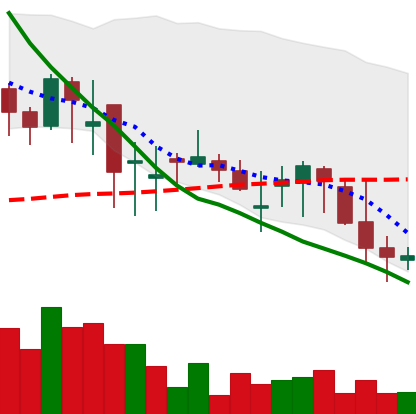
Ticker: DOGE-USD
Chart end date: 2018-05-25
Forward return: -4.553%
Label: down_3_5